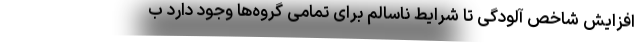
افزایش شاخص آلودگی تا شرایط ناسالم برای تمامی گروه‌ها وجود دارد ب